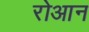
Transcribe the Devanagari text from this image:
रोआन